Source: Computer-generated
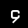
Digit: ၄ (4)